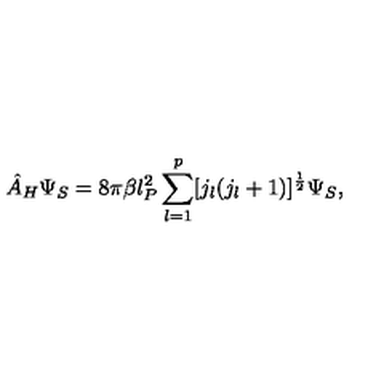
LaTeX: { \hat { A } } _ { H } \Psi _ { S } = 8 \pi \beta l _ { P } ^ { 2 } \sum _ { l = 1 } ^ { p } [ j _ { l } ( j _ { l } + 1 ) ] ^ { \frac 1 2 } \Psi _ { S } ,